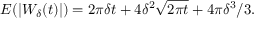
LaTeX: E ( | W _ { \delta } ( t ) | ) = 2 \pi \delta t + 4 \delta ^ { 2 } { \sqrt { 2 \pi t } } + 4 \pi \delta ^ { 3 } / 3 .